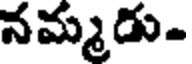
నమ్మడు.